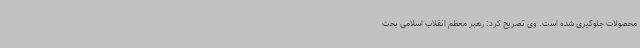
محصولات جلوگیری شده است. وی تصریح کرد: رهبر معظم انقلاب اسلامی بحث